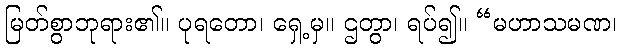
မြတ်စွာဘုရား၏။ ပုရတော၊ ရှေ့မှ။ ဌတွာ၊ ရပ်၍။ “မဟာသမဏ၊